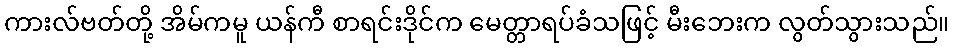
ကားလ်ဗတ်တို့ အိမ်ကမူ ယန်ကီ စာရင်းဒိုင်က မေတ္တာရပ်ခံသဖြင့် မီးဘေးက လွတ်သွားသည်။